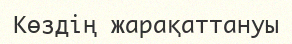
Көздің жарақаттануы